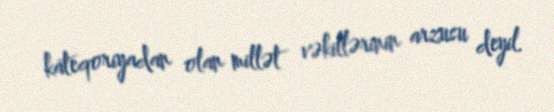
kateqoriyadan olan millət vəkillərinin arzusu deyil.